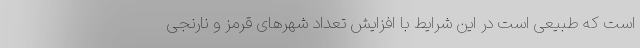
است که طبیعی است در این شرایط با افزایش تعداد شهرهای قرمز و نارنجی